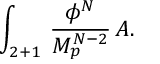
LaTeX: \int _ { 2 + 1 } \, { \frac { \phi ^ { N } } { M _ { p } ^ { N - 2 } } } \, A .